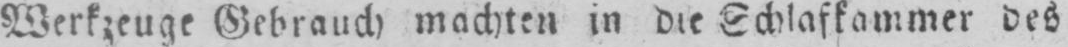
Werkzeuge Gebrauch machten in die Schlafkammer des